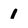
Character: 1